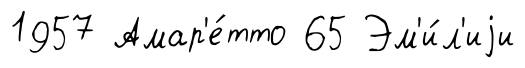
1957 Амар'е́тто 65 Эм'и́л'иjи